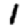
Digit: 1